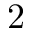
2